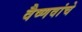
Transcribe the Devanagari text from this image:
वैष्णवांचे